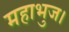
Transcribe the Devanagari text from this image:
महाभुज।